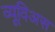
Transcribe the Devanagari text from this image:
व्यूविअस